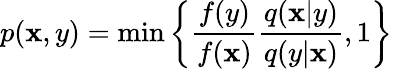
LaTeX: p(\mathbf{x},y)=\mathrm{{min}}\left\{ \frac{{f(y)}}{{f(\mathbf{x})}}\frac{{q(\mathbf{x}|y)}}{{q(y|\mathbf{x})}},1\right\}